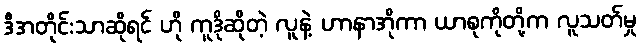
ဒီအတိုင်းသာဆိုရင် ဟို ကူဒိုဆိုတဲ့ လူနဲ့ ဟာနာအိုကာ ယာစုကိုတို့က လူသတ်မှု